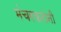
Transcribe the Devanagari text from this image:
मंचरकरांनी